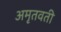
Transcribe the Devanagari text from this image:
अमृतवती